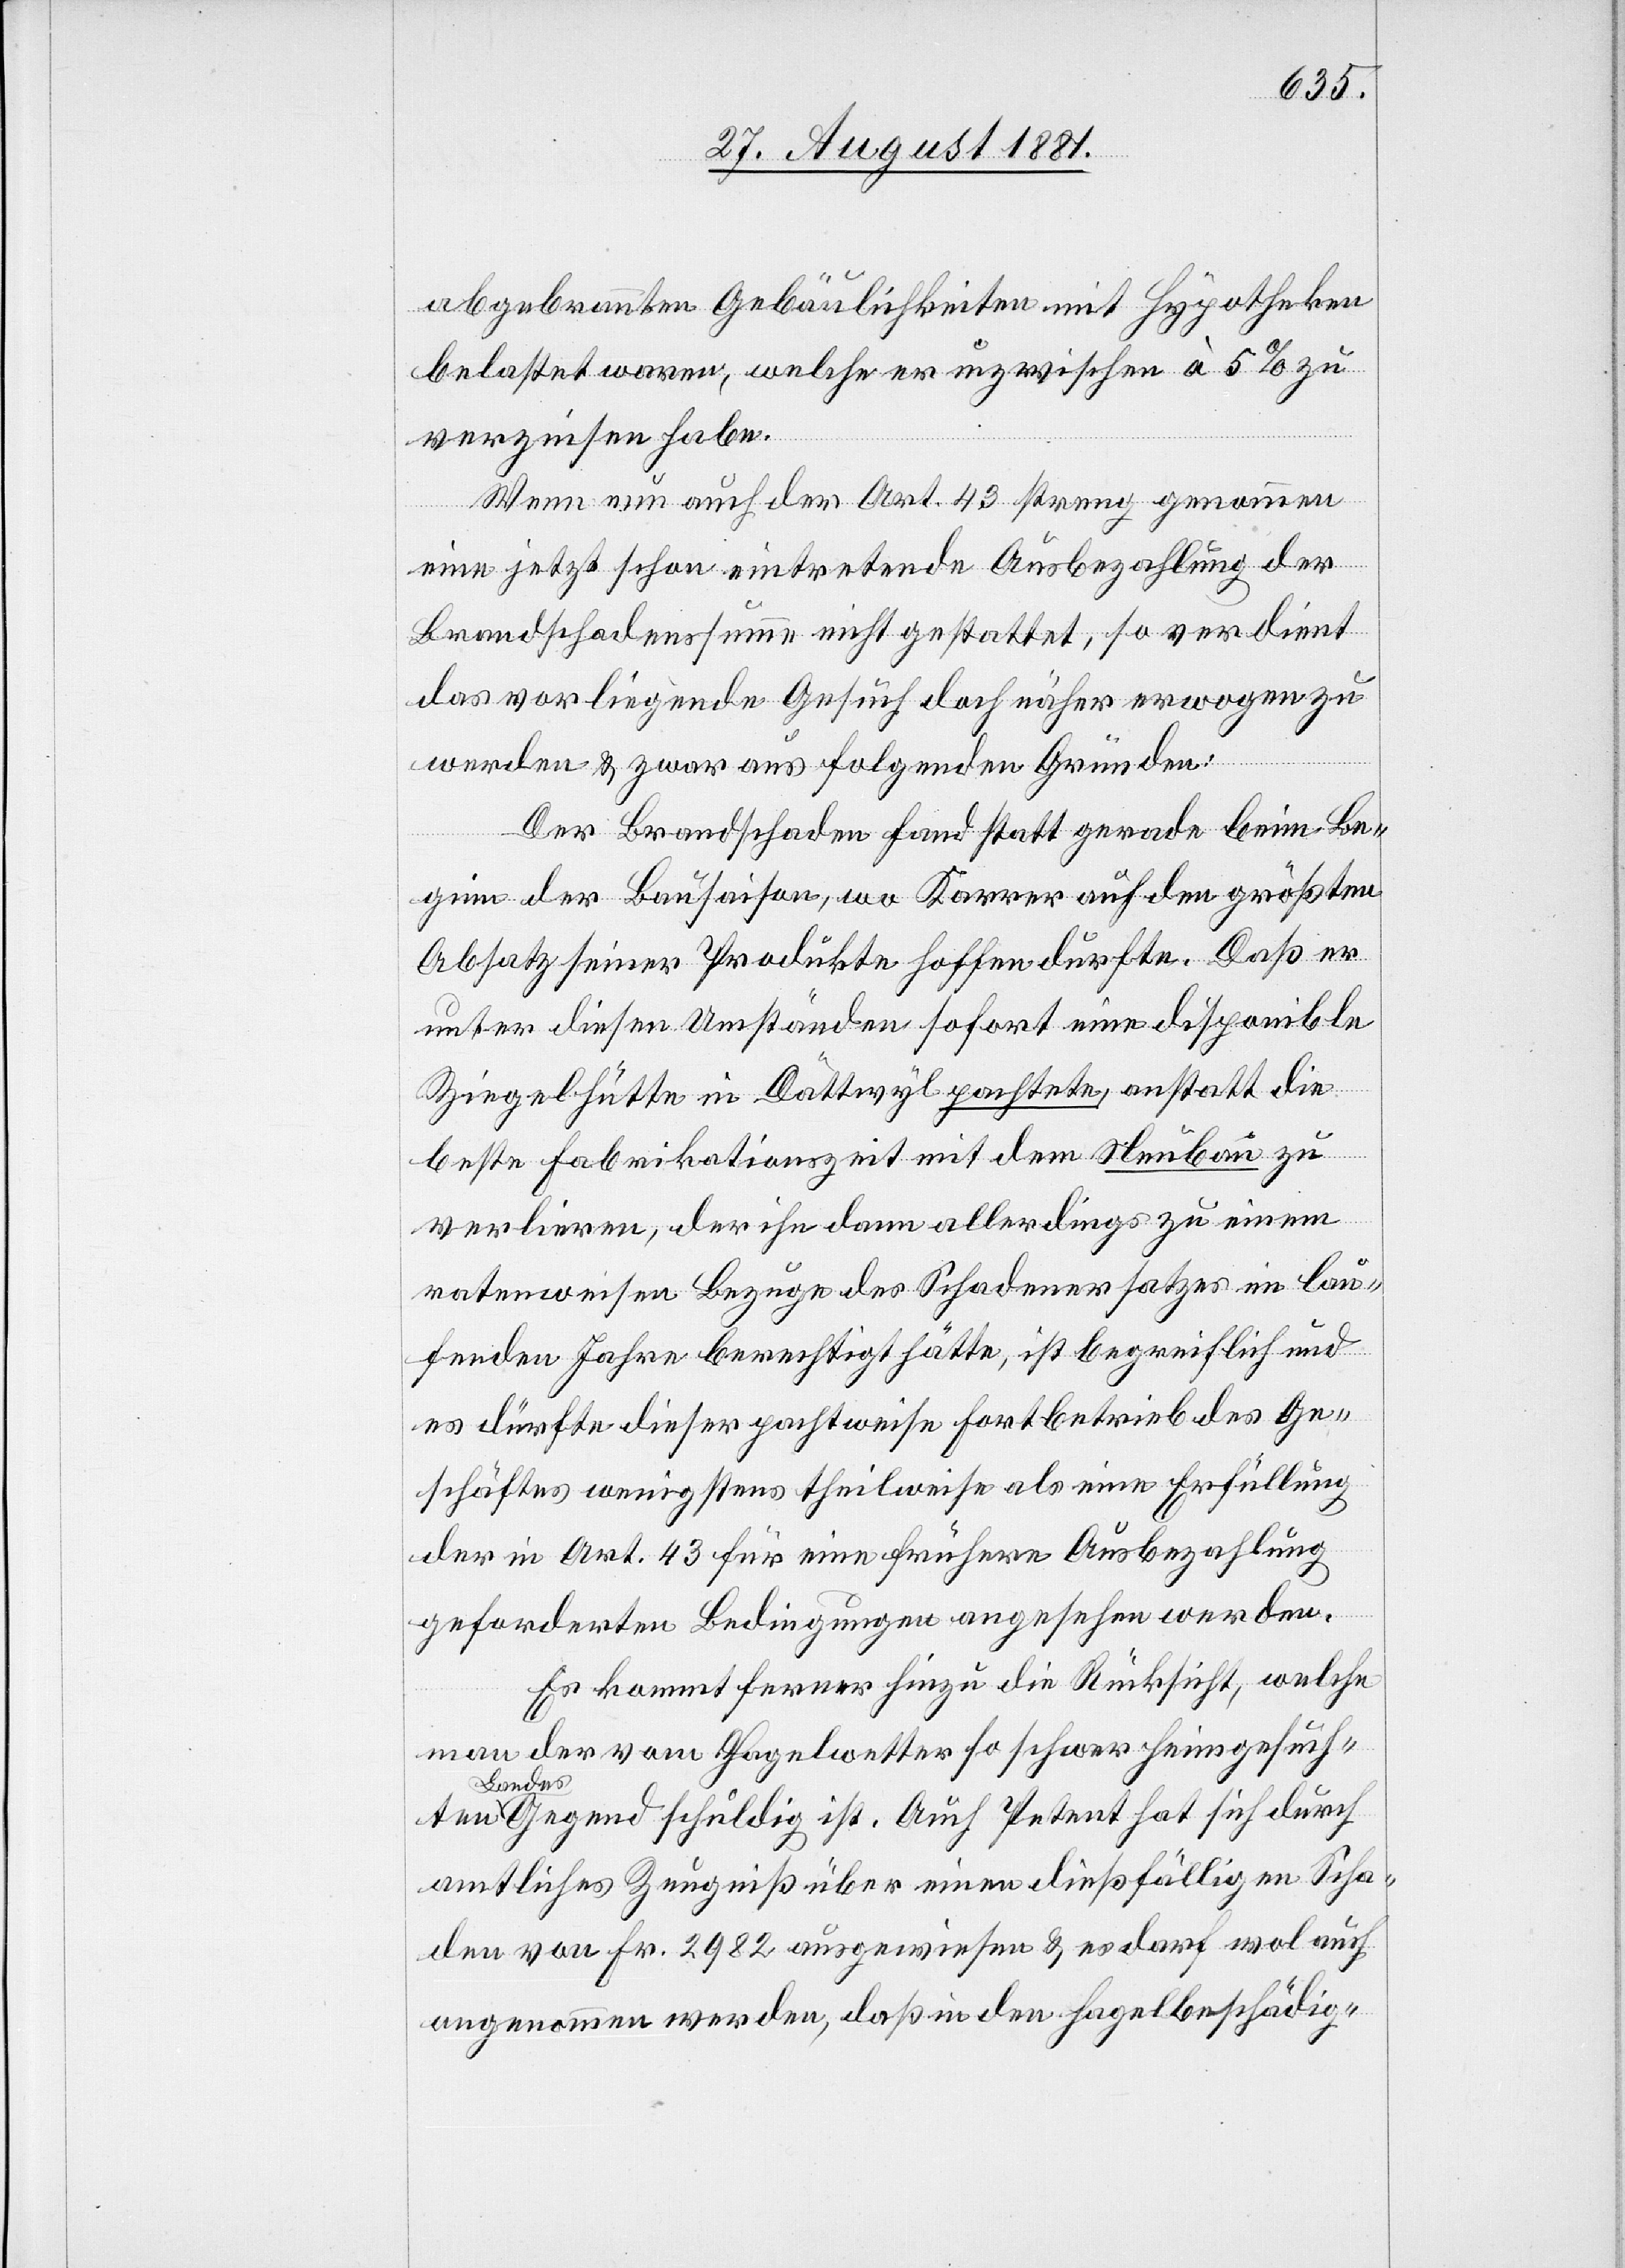
hat
abgerannten Gebäulichkeiten mit Hypotheken
belastet waren, welche er inzwischen à 5% zu
verzinsen habe.
Wenn nun auch der Art. 43 streng genommen
eine jetzt schon eintretende Ausbezahlung der
Brandschadenssumme nicht gestattet, so verdient
das vorliegende Gesuch doch näher erwogen zu
Petent
werden & zwar aus folgenden Gründen:
Der Brandschaden fand statt gerade beim Be¬
ginn der Bausaison, wo Karrer auf den größten
Absatz seiner Produktion hoffen dürfte. Daß er
unter diesen Umständen sofort eine disponible
Ziegelhütte in Dättwyl [sic!] gepachtet, anstatt die
beste Fabrikationszeit mit dem Neubau zu
verlieren, der ihn dann allerdings zu einem
ratenweisen Bezuge des Schadenersatzes im lau¬
fenden Jahre berechtigt hätte, ist begreiflich und
es dürfte dieser pachtweise Fortbetrieb des Ge¬
schäfts wenigstens theilweise als eine Erfüllung
der in Art. 43 für eine frühere Ausbezahlung
geforderten Bedingungen angesehen werden.
Es kommt ferner hinzu die Rücksicht, welche
man der von Hagelwetter so schwer heimgesuch¬
Landes
amtliches Zeugniß über einen dießfälligen Scha¬
den von Fr. 2982 ausgewiesen & es darf wol auch
angenommen werden, daß in den Hagelbeschädig-